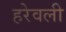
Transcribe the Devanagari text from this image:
हरेवली